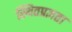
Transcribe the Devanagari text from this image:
स्थितप्रज्ञता